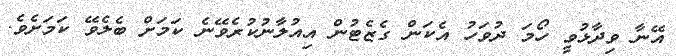
އޭނާ ވިދާޅުވީ ހޯމަ ދުވަހު އެކަން ގެޒެޓުން އިއުލާނުކުރެވޭނެ ކަމަށް ބެލެވޭ ކަމަށެވެ.